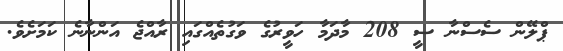
ޕްލޭން ސެސްނާ ސީ 208 މާދަމާ ހަވީރުގެ ވަގުތެއްގައި ރާއްޖެ އަންނާނެ ކަމަށެވެ.